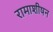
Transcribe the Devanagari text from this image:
रामाशीषन